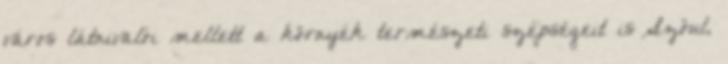
város látnivalói mellett a környék természeti szépségeit is Szöul,